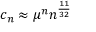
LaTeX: c _ { n } \approx \mu ^ { n } n ^ { \frac { 1 1 } { 3 2 } }